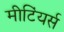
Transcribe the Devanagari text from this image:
मीटिंयर्स